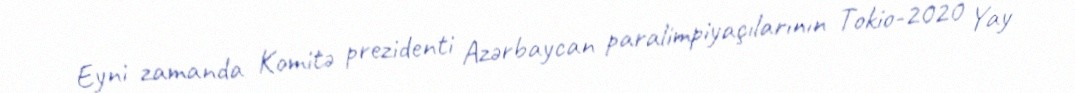
Eyni zamanda Komitə prezidenti Azərbaycan paralimpiyaçılarının Tokio-2020 Yay